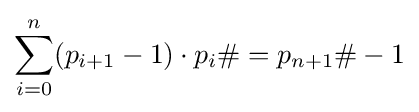
\sum _{i=0}^{n}(p_{i+1}-1)\cdot p_{i}\#=p_{n+1}\#-1